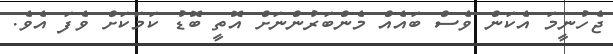
ޖެހުނީމަ އެކަން ވެސް ބައެއް މެންބަރުންނަށް އޮތީ ބޮޑު ކަމަކަށް ވެފަ އެވެ.